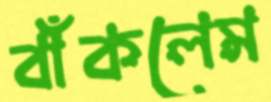
বাঁকলেম